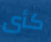
كأى